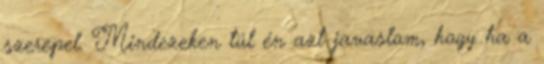
szerepel. Mindezeken túl én azt javaslom, hogy ha a